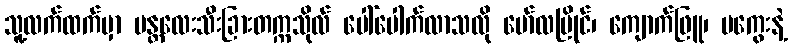
သူ့လက်ထက်မှာ မန္တလေးသီးခြားတက္ကသိုလ် ပေါ်ပေါက်လာသလို မော်လမြိုင်၊ ကျောက်ဖြူ၊ မကွေးနဲ့